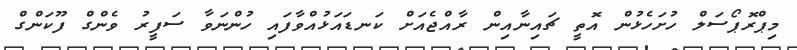
މިޕްރޮޕޯސަލް ހުށަހެޅުން އޮތީ ޗައިނާއިން ރާއްޖެއަށް ކަނޑައަޅުއްވާފައި ހުންނަވާ ސަފީރު ވެންގް ފޫކަންގް